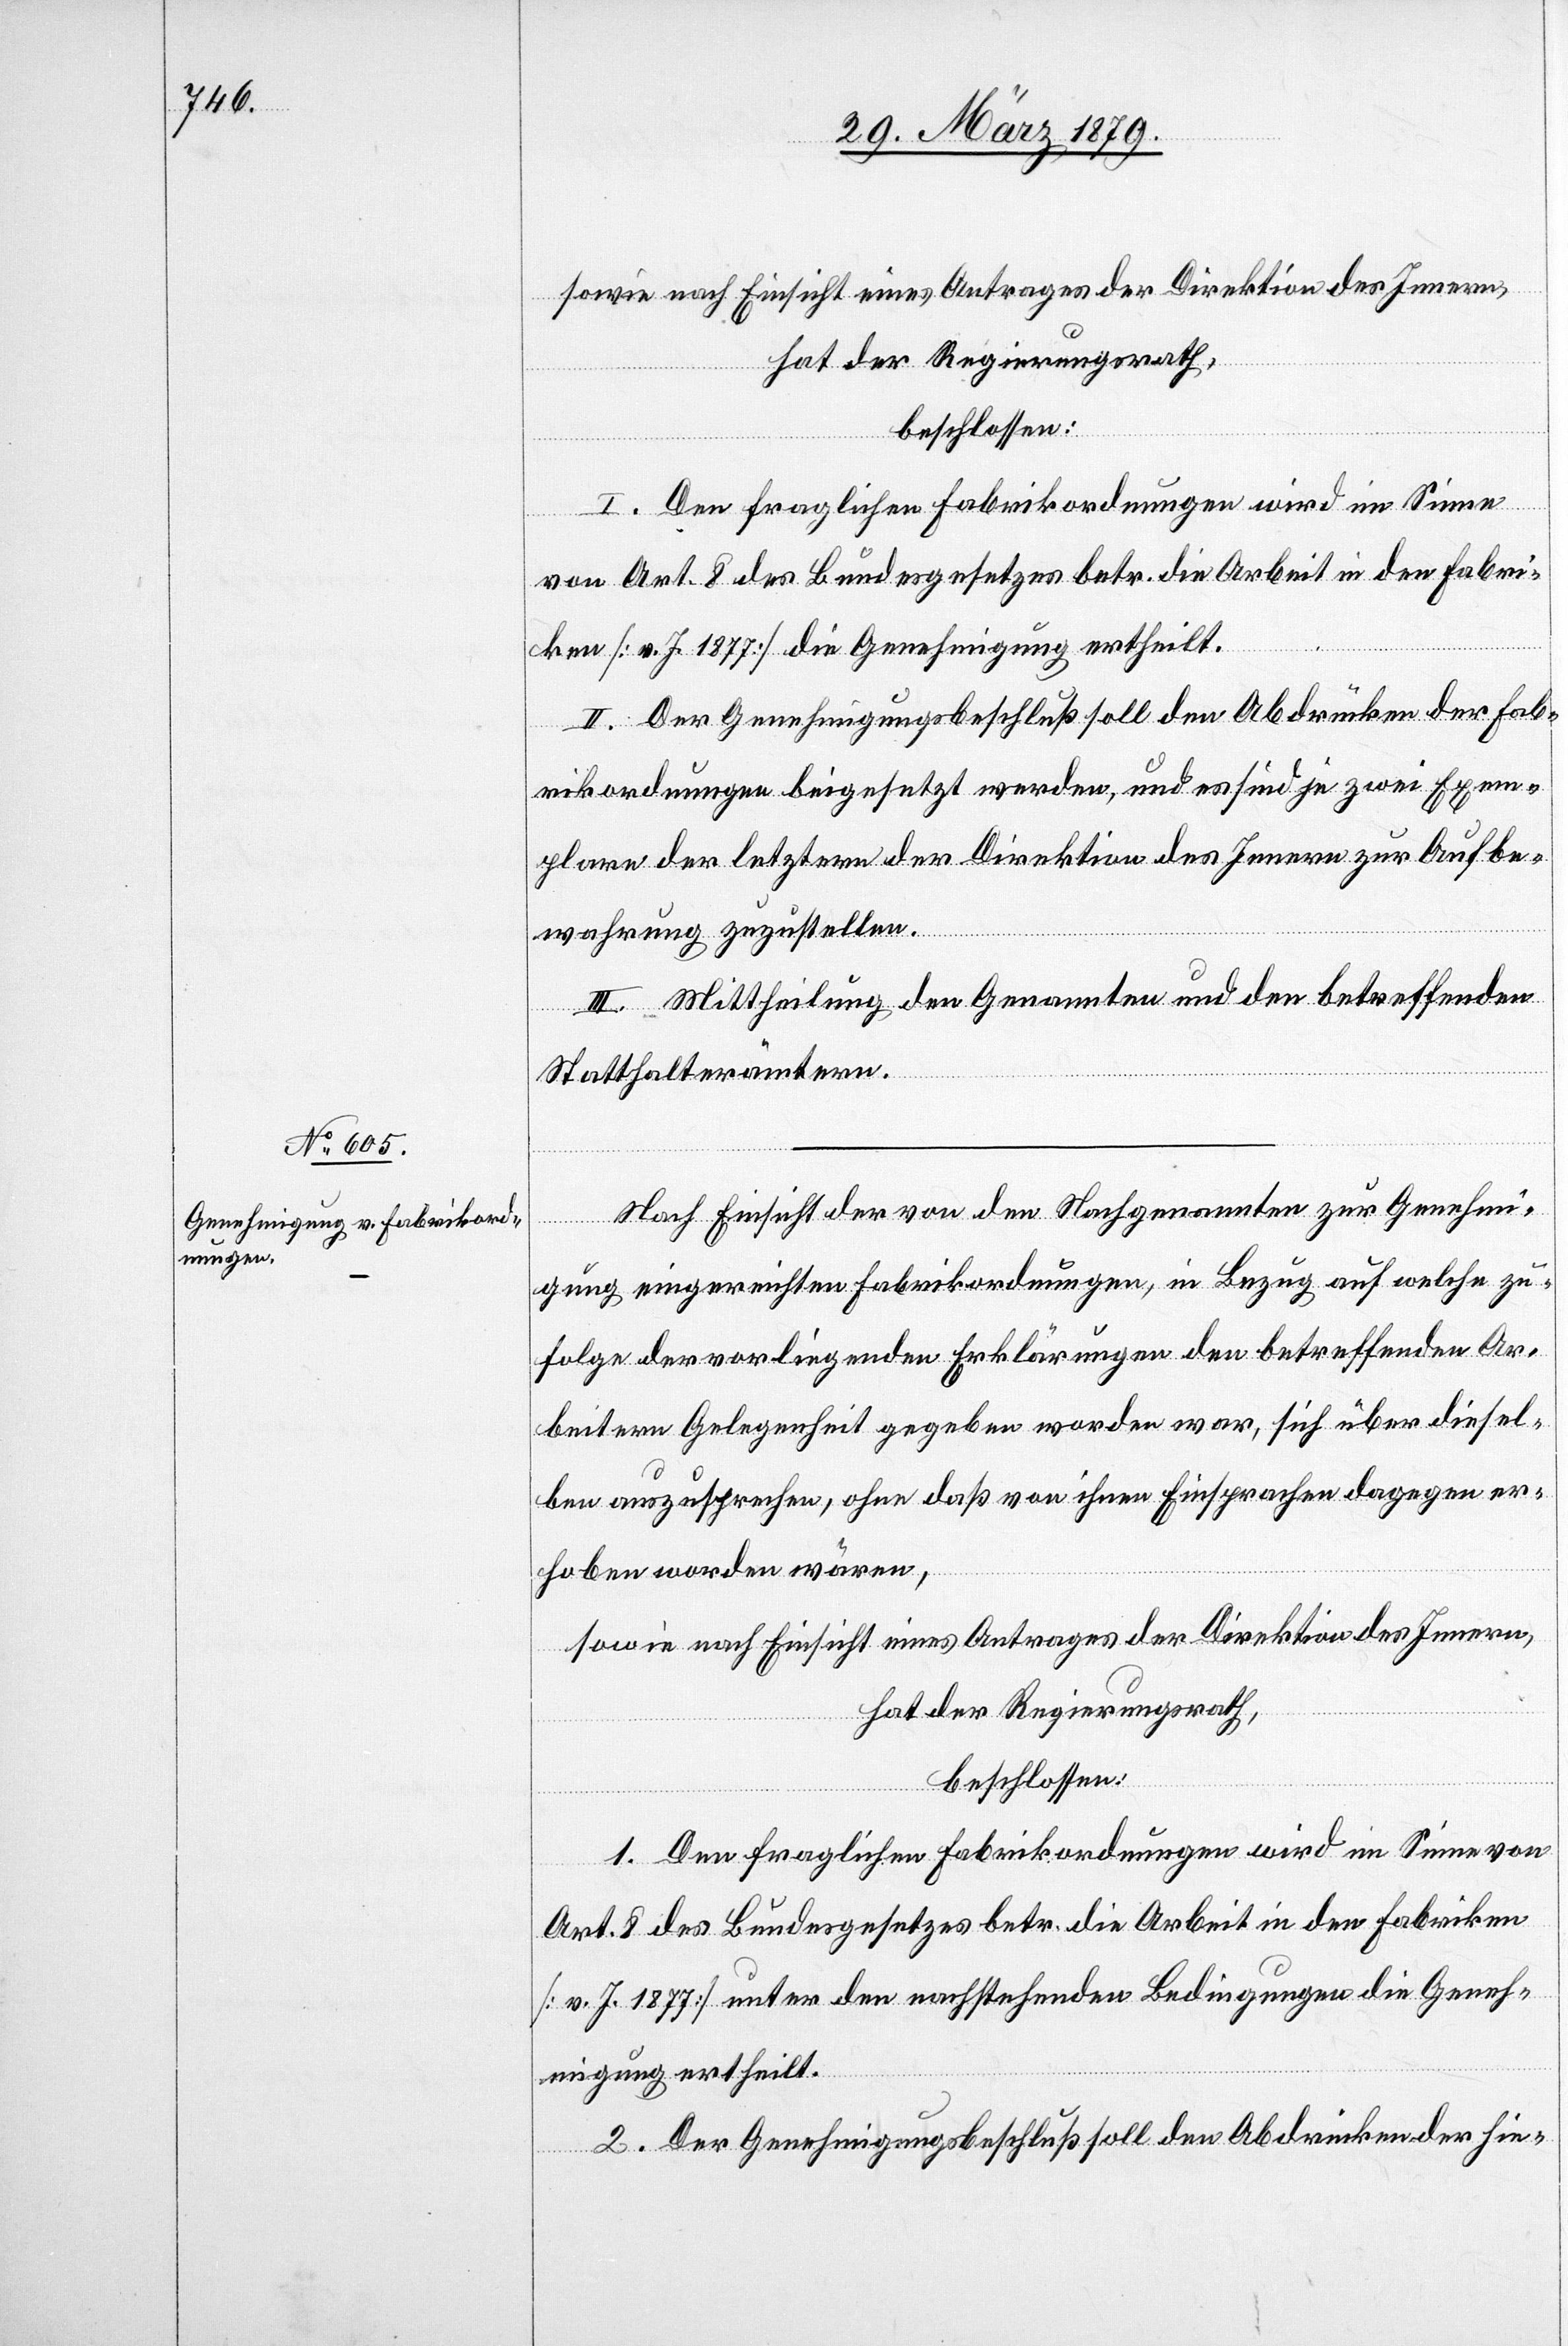
beschlossen:
I. Den fraglichen Fabrikordnungen wird im Sinne
von Art. 8 des Bundesgesetzes betr. die Arbeit in den Fabri¬
ken [v. J. 1877] die Genehmigung ertheilt.
II. Der Genehmigungsbeschluß soll den Abdrücken der Fab¬
rikordnungen beigesetzt werden, und es sind je zwei Exem¬
plare der letztern der Direktion des Innern zur Aufbe¬
wahrung zuzustellen.
III. Mittheilung den Genannten und den betreffenden
Statthalterämtern.
Nach Einsicht der von den Nachgenannten zur Genehmi¬
gung eingereichten Fabrikordnungen, in Bezug auf welche zu¬
folge der vorliegenden Erklärungen den betreffenden Ar¬
beitern Gelegenheit gegeben worden war, sich über diesel¬
ben auszusprechen, ohne daß von ihnen Einsprachen dagegen er¬
hoben worden wären,
sowie nach Einsicht eines Antrages der Direktion des Innern,
hat der Regierungsrath,
beschlossen:
1. Den fraglichen Fabrikordnungen wird im Sinne von
Art. 8 des Bundesgesetzes betr. die Arbeit in den Fabriken
[v. J. 1877] unter den nachstehenden Bedingungen die Geneh¬
migung ertheilt.
2. Der Genehmigungsbeschluß soll den Abdrücken der hie-